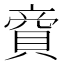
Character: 𧶜